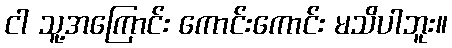
ငါ သူ့အကြောင်း ကောင်းကောင်း မသိပါဘူး။